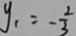
y _ { 1 } = - \frac { 2 } { 3 }